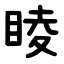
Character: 睖